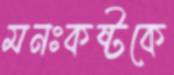
মনঃকষ্টকে